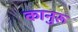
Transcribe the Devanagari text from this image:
कानुरू